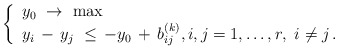
\begin{align*}\left\{\begin{array}{l}y_0 \ \to \ \max\\y_i\, - \, y_j \ \le \, - y_0 \, + \, b^{(k)}_{ij}, i, j = 1, \ldots , r, \ i \ne j\, .\end{array}\right.\end{align*}